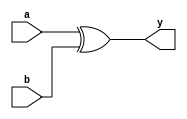
`timescale 1ns / 1ps
//////////////////////////////////////////////////////////////////////////////////
// Company: 
// Engineer: 
// 
// Design Name: 
// Module Name:    xor_1 
// Project Name: 
// Target Devices: 
// Tool versions: 
// Description: 
//
// Dependencies: 
//
// Revision: 
// Revision 0.01 - File Created
// Additional Comments: 
//
//////////////////////////////////////////////////////////////////////////////////
module xor_1(
    input a,
    input b,
    output y
    );

assign y=(a^b);
endmodule